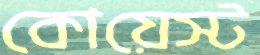
কোয়েস্ট